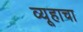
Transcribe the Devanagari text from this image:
व्यूहाचा